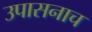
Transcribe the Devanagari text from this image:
उपासनाच